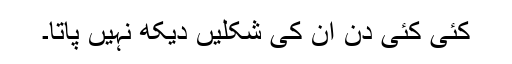
کئی کئی دن ان کی شکلیں دیکھ نہیں پاتا۔